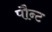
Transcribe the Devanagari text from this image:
पौन्ट